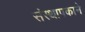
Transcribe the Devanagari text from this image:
संस्थापकाने